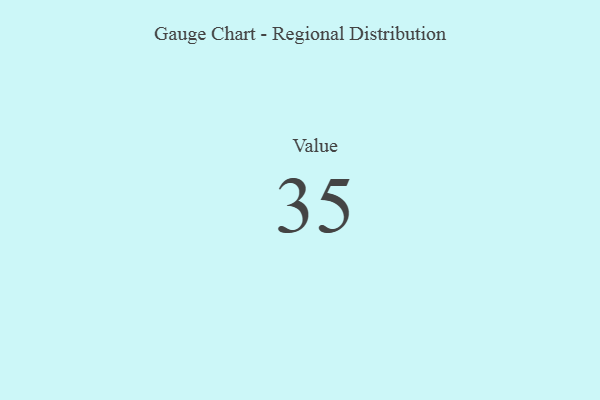
{"axis": {"x": "Metric", "y": "Value"}, "legend": [""], "data": [{"x": "Value", "y": 35, "type": ""}]}